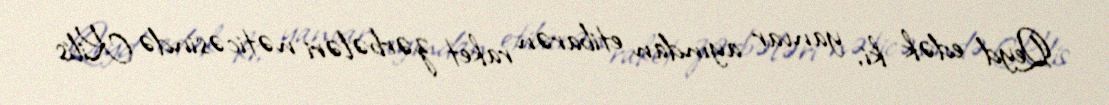
Qeyd edək ki, yanvar ayından etibarən raket zərbələri nəticəsində Kilis